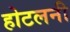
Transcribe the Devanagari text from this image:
होटलनी